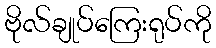
ဗိုလ်ချုပ်ကြေးရုပ်ကို